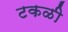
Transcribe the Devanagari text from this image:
टकळी